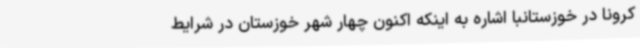
کرونا در خوزستانبا اشاره به اینکه اکنون چهار شهر خوزستان در شرایط